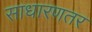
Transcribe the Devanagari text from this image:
साधारणतर